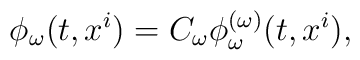
\phi_\omega(t,x^i)=C_\omega\phi^{(\omega)}_\omega(t,x^i),